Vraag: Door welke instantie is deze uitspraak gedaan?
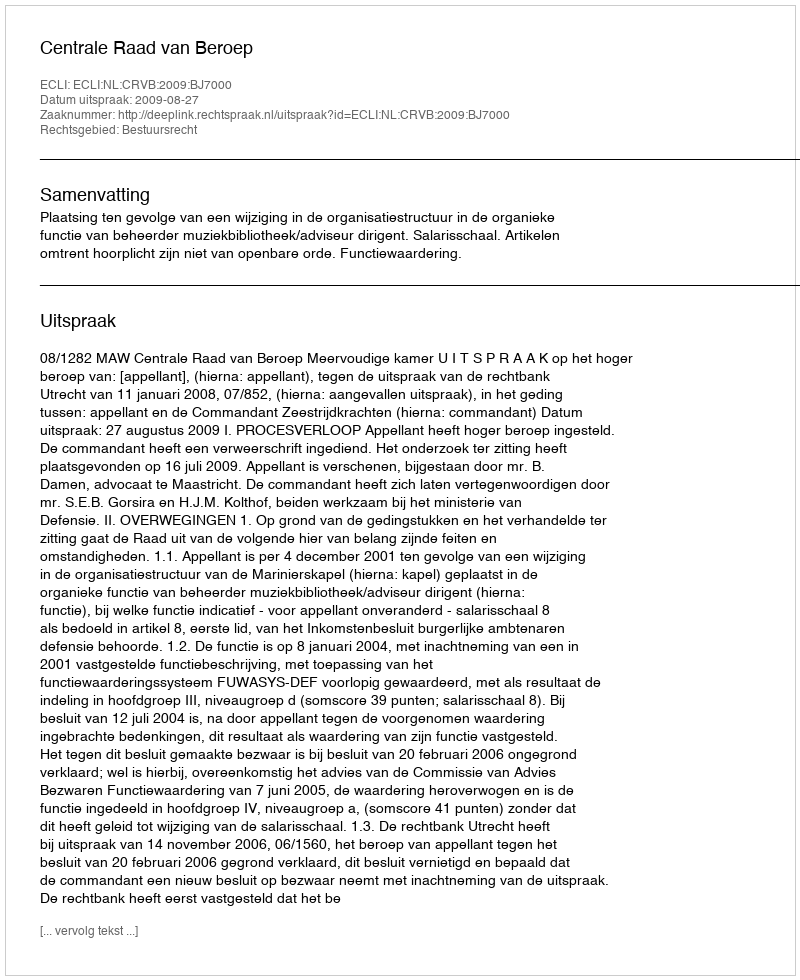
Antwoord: Centrale Raad van Beroep